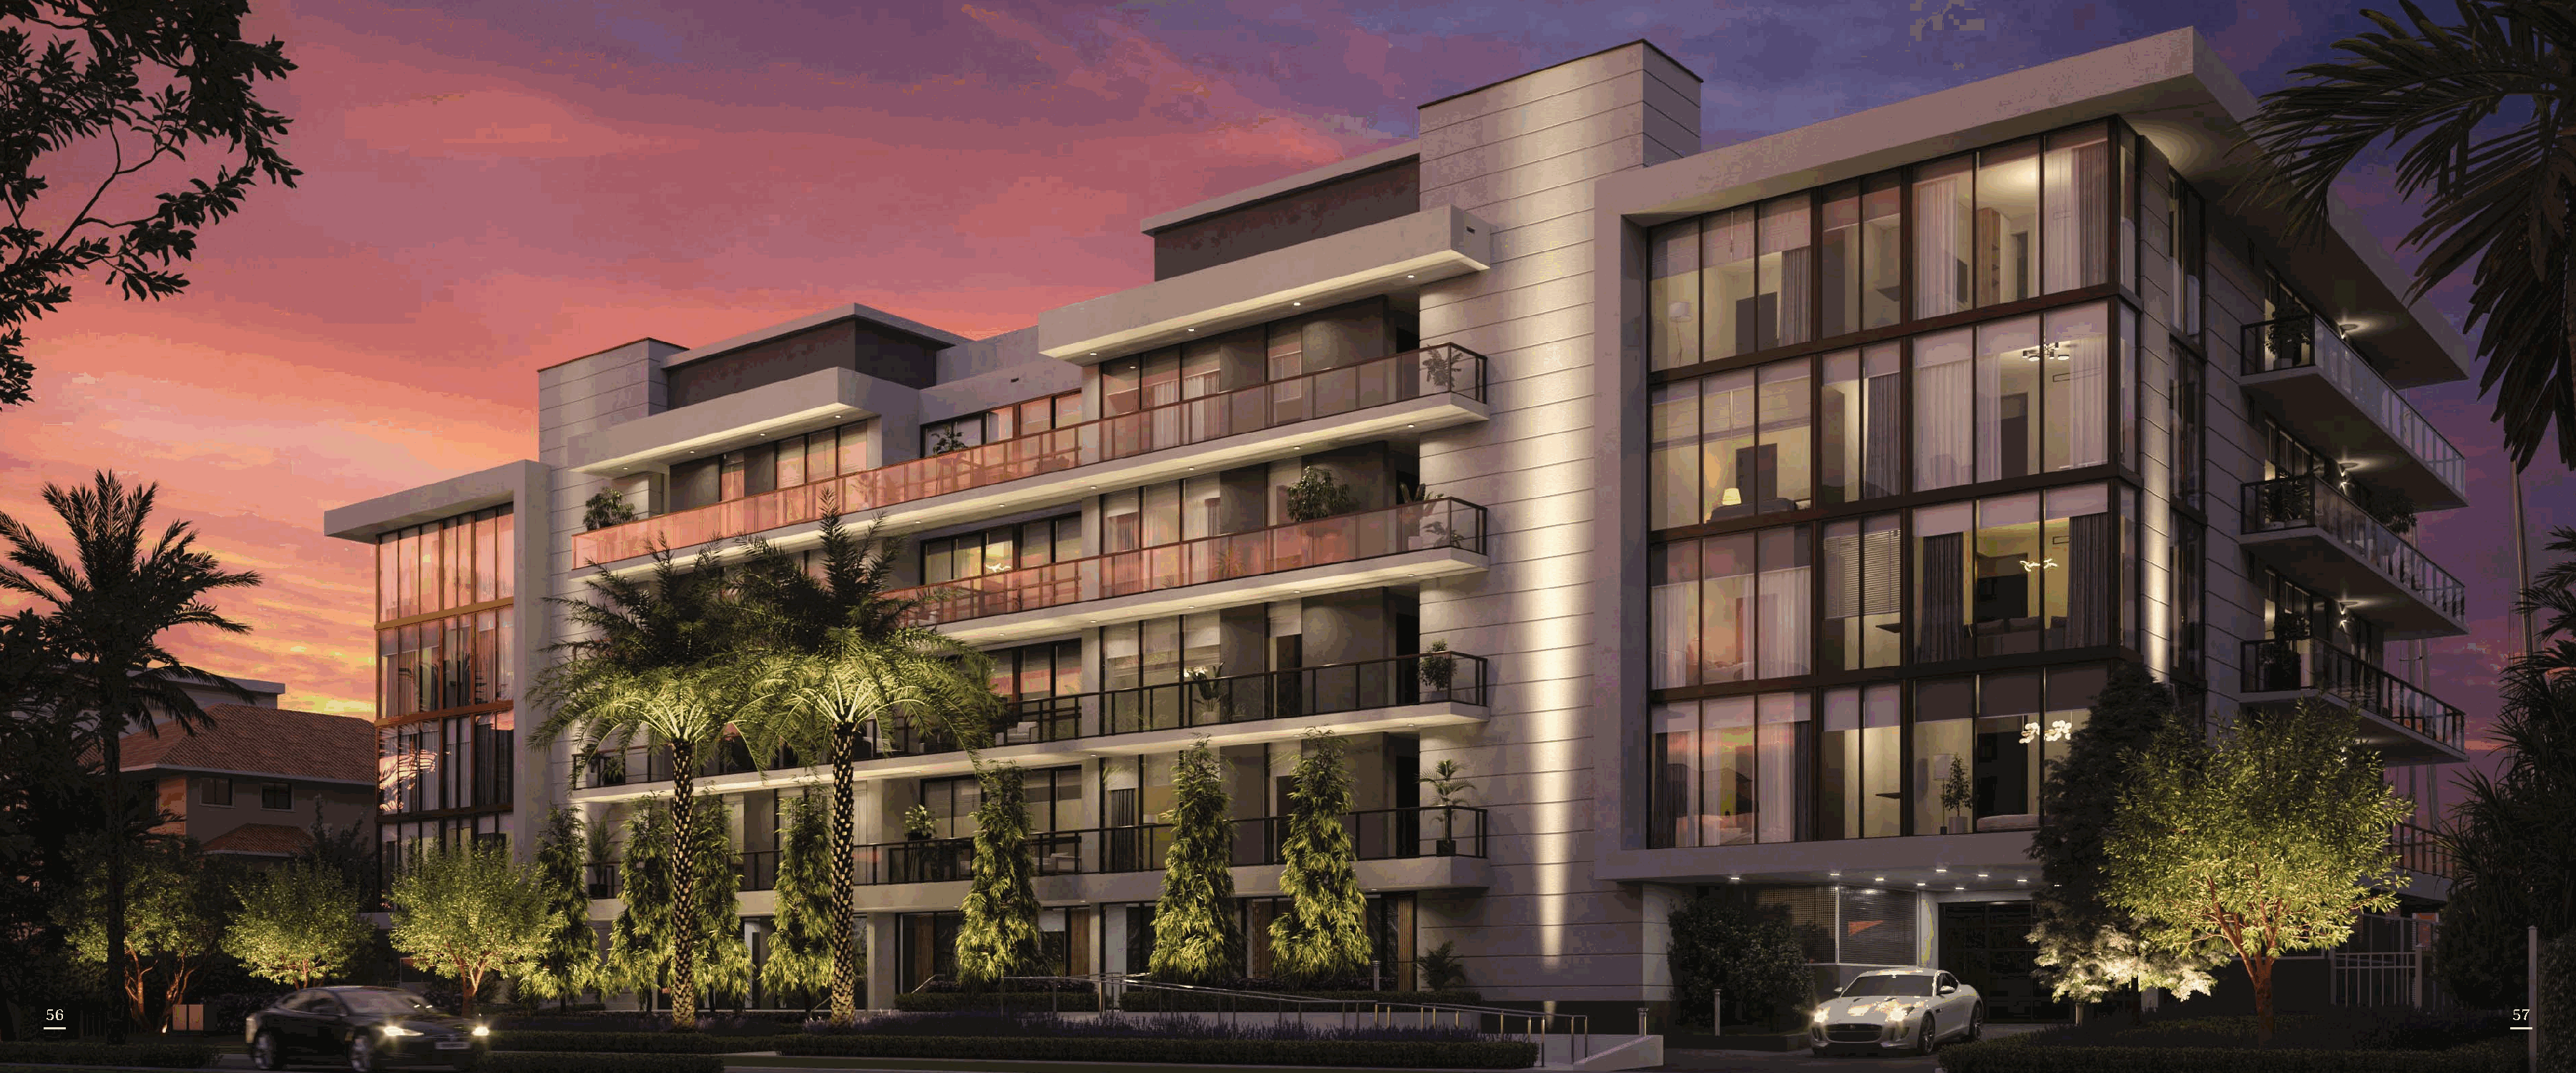
5566                                                                                                                                                                                                                                5577